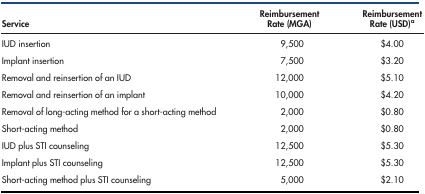
<table><thead><tr><td><b>Service</b></td><td><b>Reimbursement Rate (MGA)</b></td><td><b>Reimbursement Rate (USD)<sup>a</sup></b></td></tr></thead><tbody><tr><td>IUD insertion</td><td>9,500</td><td>$4.00</td></tr><tr><td>Implant insertion</td><td>7,500</td><td>$3.20</td></tr><tr><td>Removal and reinsertion of an IUD</td><td>12,000</td><td>$5.10</td></tr><tr><td>Removal and reinsertion of an implant</td><td>10,000</td><td>$4.20</td></tr><tr><td>Removal of long-acting method for a short-acting method</td><td>2,000</td><td>$0.80</td></tr><tr><td>Short-acting method</td><td>2,000</td><td>$0.80</td></tr><tr><td>IUD plus STI counseling</td><td>12,500</td><td>$5.30</td></tr><tr><td>Implant plus STI counseling</td><td>12,500</td><td>$5.30</td></tr><tr><td>Short-acting method plus STI counseling</td><td>5,000</td><td>$2.10</td></tr></tbody></table>